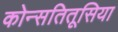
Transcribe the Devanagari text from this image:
कोन्सतितूसिया